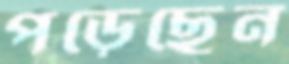
পড়েছেন